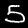
Label: 5